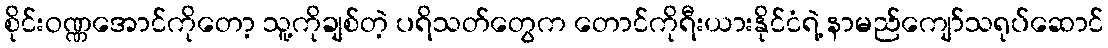
စိုင်းဝဏ္ဏအောင်ကိုတော့ သူ့ကိုချစ်တဲ့ ပရိသတ်တွေက တောင်ကိုရီးယားနိုင်ငံရဲ့ နာမည်ကျော်သရုပ်ဆောင်